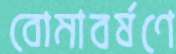
বোমাবর্ষণে